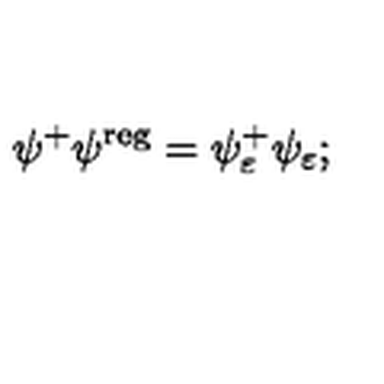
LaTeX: \psi ^ { + } \psi ^ { \mathrm { r e g } } = \psi _ { \varepsilon } ^ { + } \psi _ { \varepsilon } ;